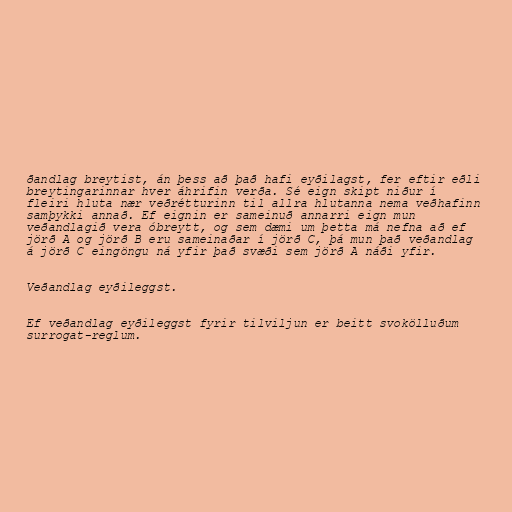
ðandlag breytist, án þess að það hafi eyðilagst, fer eftir eðli
breytingarinnar hver áhrifin verða. Sé eign skipt niður í
fleiri hluta nær veðrétturinn til allra hlutanna nema veðhafinn
samþykki annað. Ef eignin er sameinuð annarri eign mun
veðandlagið vera óbreytt, og sem dæmi um þetta má nefna að ef
jörð A og jörð B eru sameinaðar í jörð C, þá mun það veðandlag
á jörð C eingöngu ná yfir það svæði sem jörð A náði yfir.

Veðandlag eyðileggst.

Ef veðandlag eyðileggst fyrir tilviljun er beitt svokölluðum
surrogat-reglum.